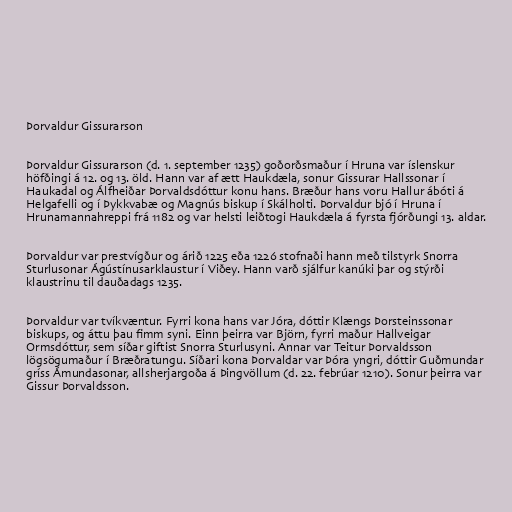
Þorvaldur Gissurarson

Þorvaldur Gissurarson (d. 1. september 1235) goðorðsmaður í Hruna var íslenskur
höfðingi á 12. og 13. öld. Hann var af ætt Haukdæla, sonur Gissurar Hallssonar í
Haukadal og Álfheiðar Þorvaldsdóttur konu hans. Bræður hans voru Hallur ábóti á
Helgafelli og í Þykkvabæ og Magnús biskup í Skálholti. Þorvaldur bjó í Hruna í
Hrunamannahreppi frá 1182 og var helsti leiðtogi Haukdæla á fyrsta fjórðungi 13. aldar.

Þorvaldur var prestvígður og árið 1225 eða 1226 stofnaði hann með tilstyrk Snorra
Sturlusonar Ágústínusarklaustur í Viðey. Hann varð sjálfur kanúki þar og stýrði
klaustrinu til dauðadags 1235.

Þorvaldur var tvíkvæntur. Fyrri kona hans var Jóra, dóttir Klængs Þorsteinssonar
biskups, og áttu þau fimm syni. Einn þeirra var Björn, fyrri maður Hallveigar
Ormsdóttur, sem síðar giftist Snorra Sturlusyni. Annar var Teitur Þorvaldsson
lögsögumaður í Bræðratungu. Síðari kona Þorvaldar var Þóra yngri, dóttir Guðmundar
gríss Ámundasonar, allsherjargoða á Þingvöllum (d. 22. febrúar 1210). Sonur þeirra var
Gissur Þorvaldsson.